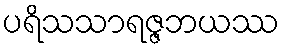
ပရိသသာရဇ္ဇဘယဿ